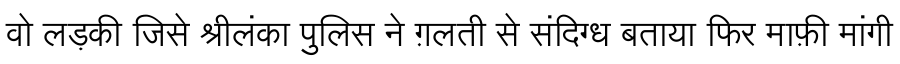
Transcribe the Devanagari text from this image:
वो लड़की जिसे श्रीलंका पुलिस ने ग़लती से संदिग्ध बताया फिर माफ़ी मांगी